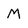
Character: M